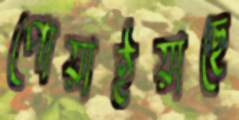
পোয়াইয়াছে